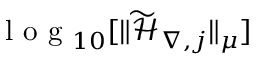
\mathrm { ~ l ~ o ~ g ~ } _ { 1 0 } [ \| \widetilde { \mathcal { H } } _ { \nabla , j } \| _ { \mu } ]